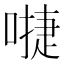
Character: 𠽕